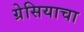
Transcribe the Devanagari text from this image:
ग्रेसियाचा